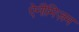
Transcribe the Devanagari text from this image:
ऐनीमिज़म